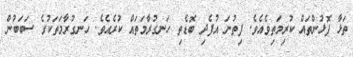
ތަޅާ ފޮޅުންތައް ކުރިމަތިވެއެވެ. ފިތުނަ އުފެދި ބޮޑެތި ހަނގުރާމަތައް ކުރެއެވެ. ހަނގުރާމަތަކުގެ ސަބަބުން